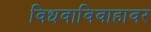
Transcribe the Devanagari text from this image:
विधवाविवाहावर